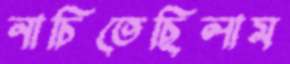
নাচিতেছিলাম